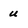
Character: u